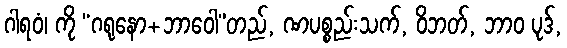
ဂါရဝံ၊ ကို “ဂရုနော+ဘာဝေါ”တည်, ဏပစ္စည်းသက်, ဝိဘတ်, ဘာဝ ပုဒ်,